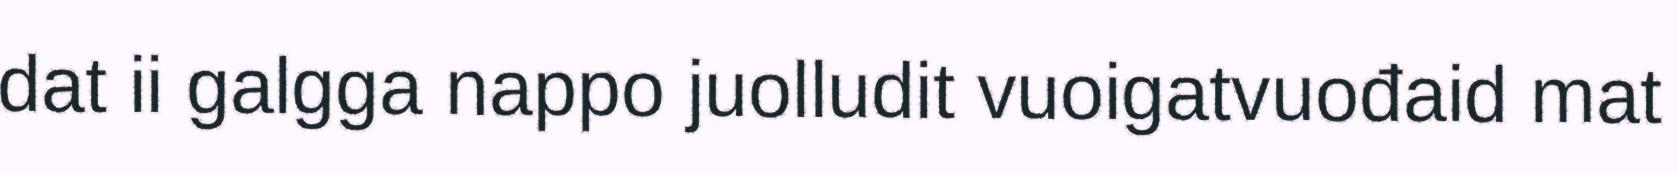
dat ii galgga nappo juolludit vuoigatvuođaid mat